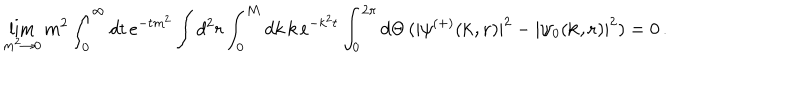
LaTeX: \lim _ { m ^ { 2 } \to 0 } m ^ { 2 } \int _ { 0 } ^ { \infty } d t \, e ^ { - t m ^ { 2 } } \int d ^ { 2 } r \int _ { 0 } ^ { M } d k \, k \, e ^ { - k ^ { 2 } t } \int _ { 0 } ^ { 2 \pi } d \Theta \, ( | \psi ^ { ( + ) } ( { \bf k , r } ) | ^ { 2 } - | \psi _ { 0 } ( { \bf k , r } ) | ^ { 2 } ) = 0 \, .